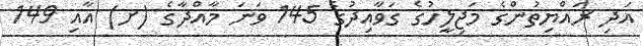
އަދި ރައްޔިތުންގެ މަޖިލީހުގެ ގަވާއިދުގެ 145 ވަނަ މާއްދާގެ (ށ) އާއި 149